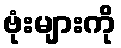
ဗုံးများကို